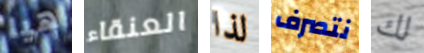
هيا العنقاء لذا نتصرف لك